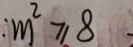
: m ^ { 2 } \geqslant 8